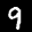
Label: 9